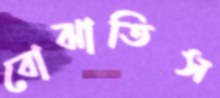
বোঝাতিস